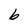
Character: b